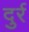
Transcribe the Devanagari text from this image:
दुर्र